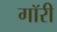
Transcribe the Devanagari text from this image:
गॉरी